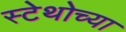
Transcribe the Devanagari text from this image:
स्टेथोच्या